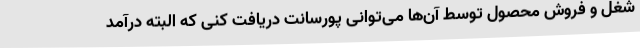
شغل و فروش محصول توسط آن‌ها می‌توانی پورسانت دریافت کنی که البته درآمد